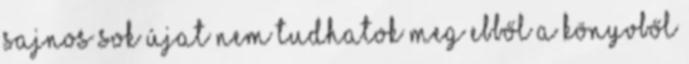
sajnos sok újat nem tudhatok meg ebből a könyvből